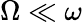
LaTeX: \Omega\ll\omega